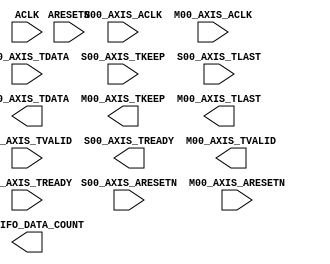
module pcie_data_egress (
  input           ACLK,
  input           ARESETN,

  input           S00_AXIS_ACLK,
  input           S00_AXIS_ARESETN,
  input           S00_AXIS_TVALID,
  output          S00_AXIS_TREADY,
  input   [31:0]  S00_AXIS_TDATA,
  input   [3:0]   S00_AXIS_TKEEP,
  input           S00_AXIS_TLAST,
  output  [31:0]  S00_FIFO_DATA_COUNT,

  input           M00_AXIS_ACLK,
  input           M00_AXIS_ARESETN,
  output          M00_AXIS_TVALID,
  input           M00_AXIS_TREADY,
  output  [63:0]  M00_AXIS_TDATA,
  output  [7:0]   M00_AXIS_TKEEP,
  output          M00_AXIS_TLAST
);

endmodule